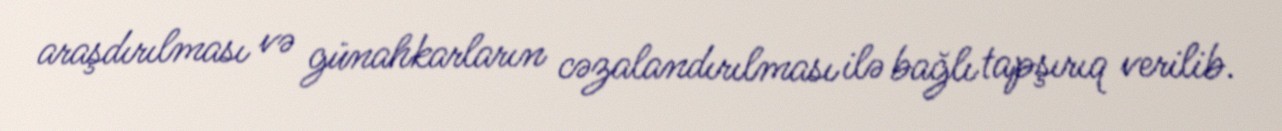
araşdırılması və günahkarların cəzalandırılması ilə bağlı tapşırıq verilib.